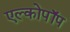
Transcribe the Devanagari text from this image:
एल्कोपॉप